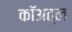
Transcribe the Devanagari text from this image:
कॉअत्ल